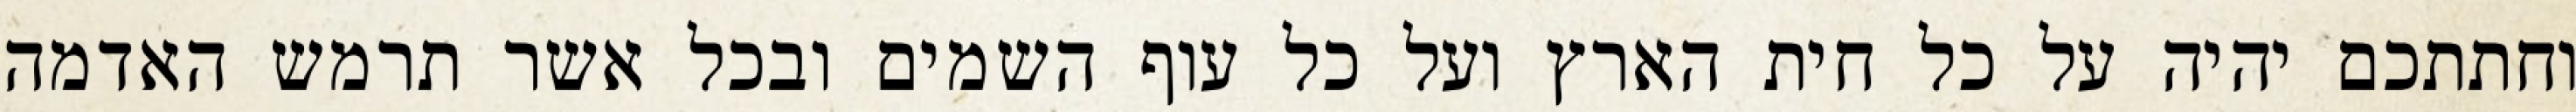
וחתתכם יהיה על כל חית הארץ ועל כל עוף השמים ובכל אשר תרמש האדמה